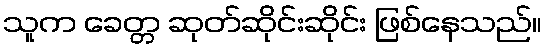
သူက ခေတ္တ ဆုတ်ဆိုင်းဆိုင်း ဖြစ်နေသည်။